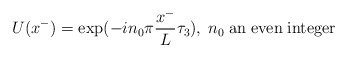
\begin{align*}U (x^-) = \exp ({- i n_0 \pi {x^- \over {L}} \tau _3)},\; n_0 \; {\rm{an \; even \;integer}}\end{align*}